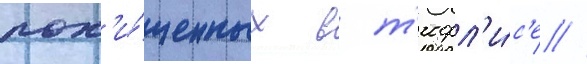
пох'и́щенных в т'ифл'и́с'е //